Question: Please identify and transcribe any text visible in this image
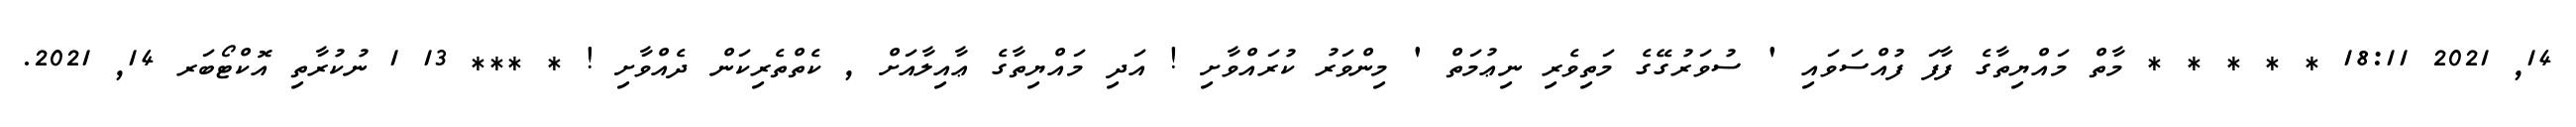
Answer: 14, 2021 18:11 * * * * * މާތް މައްޔިތާގެ ފާފަ ފުއްސަވައި ' ސުވަރުގޭގެ މަތިވެރި ނިޢުމަތް ' މިންވަރު ކުރައްވާށި ! އަދި މައްޔިތާގެ ޢާއިލާއަށް , ކެތްތެރިކަން ދެއްވާށި ! * *** 13 1 ނުކުރާތި އޮކްޓޯބަރ 14, 2021.